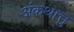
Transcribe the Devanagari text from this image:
अंकथात्तु